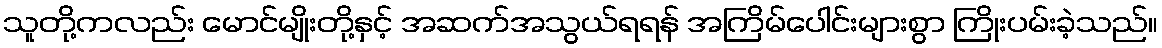
သူတို့ကလည်း မောင်မျိုးတို့နှင့် အဆက်အသွယ်ရရန် အကြိမ်ပေါင်းများစွာ ကြိုးပမ်းခဲ့သည်။